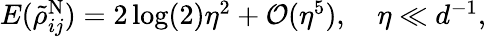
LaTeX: \begin{array}{r}{E(\tilde{\rho}_{ij}^{\mathrm{N}})=2\log(2)\eta^{2}+\mathcal{O}(\eta^{5}),\quad\eta\ll d^{-1},}\end{array}